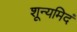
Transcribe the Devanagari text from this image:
शून्यमिदं